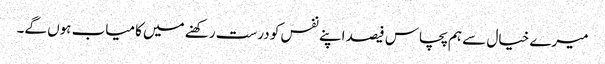
میرے خیال سے ہم پچاس فیصد اپنے نفس کو درست رکھنے میں کامیاب ہوں گے۔